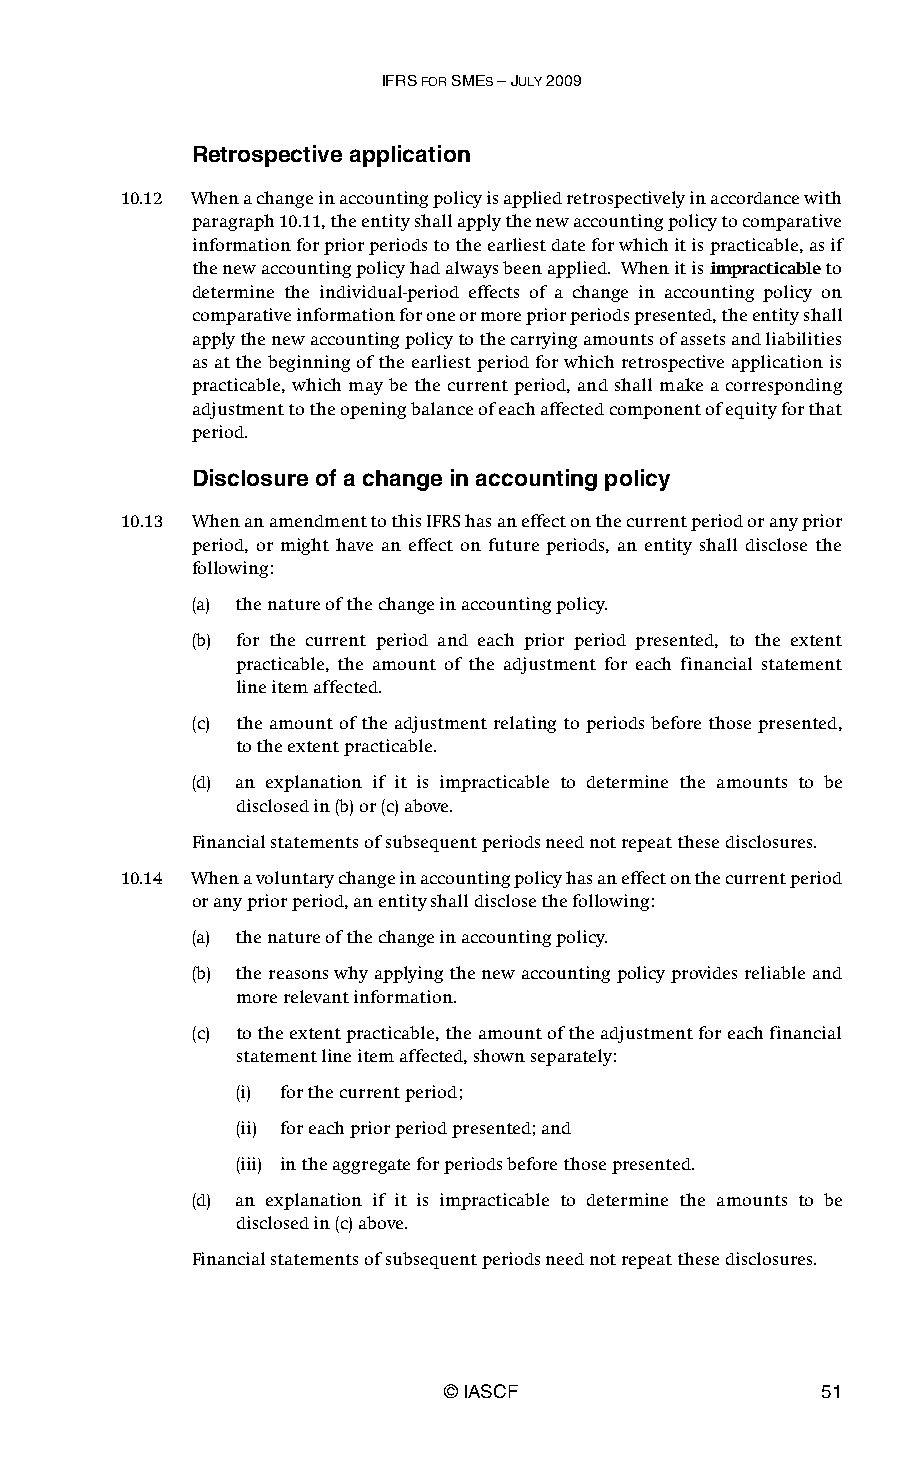
IFRS FOR SMES – JULY 2009
 Retrospective application
 10.12 When a change in accounting policy is applied retrospectively in accordance with
 paragraph 10.11, the entity shall apply the new accounting policy to comparative
 information for prior periods to the earliest date for which it is practicable, as if
 the new accounting policy had always been applied. When it is impracticable to
 determine the individual-period effects of a change in accounting policy on
 comparative information for one or more prior periods presented, the entity shall
 apply the new accounting policy to the carrying amounts of assets and liabilities
 as at the beginning of the earliest period for which retrospective application is
 practicable, which may be the current period, and shall make a corresponding
 adjustment to the opening balance of each affected component of equity for that
 period.
 Disclosure of a change in accounting policy
 10.13 When an amendment to this IFRS has an effect on the current period or any prior
 period, or might have an effect on future periods, an entity shall disclose the
 following:
 (a) the nature of the change in accounting policy.
 (b) for the current period and each prior period presented, to the extent
 practicable, the amount of the adjustment for each financial statement
 line item affected.
 (c) the amount of the adjustment relating to periods before those presented,
 to the extent practicable.
 (d) an explanation if it is impracticable to determine the amounts to be
 disclosed in (b) or (c) above.
 Financial statements of subsequent periods need not repeat these disclosures.
 10.14 When a voluntary change in accounting policy has an effect on the current period
 or any prior period, an entity shall disclose the following:
 (a) the nature of the change in accounting policy.
 (b) the reasons why applying the new accounting policy provides reliable and
 more relevant information.
 (c) to the extent practicable, the amount of the adjustment for each financial
 statement line item affected, shown separately:
 (i) for the current period;
 (ii) for each prior period presented; and
 (iii) in the aggregate for periods before those presented.
 (d) an explanation if it is impracticable to determine the amounts to be
 disclosed in (c) above.
 Financial statements of subsequent periods need not repeat these disclosures.
 © IASCF                  51